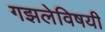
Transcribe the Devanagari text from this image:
गझलेविषयी